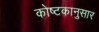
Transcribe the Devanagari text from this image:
कोष्टकानुसार